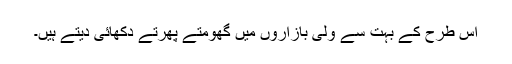
اس طرح کے بہت سے ولی بازاروں میں گھومتے پھرتے دکھائی دیتے ہیں۔